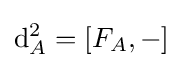
\mathrm {d} _{A}^{2}=[F_{A},-]